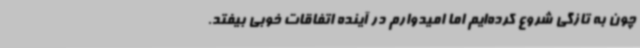
چون به تازگی شروع کرده‌ایم اما امیدوارم در آینده اتفاقات خوبی بیفتد.